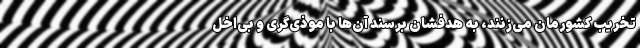
تخریب کشورمان می‌زنند، به هدفشان برسند آن‌ها با موذی‌گری و بی‌اخل